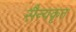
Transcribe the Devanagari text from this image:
सैन्यकृत